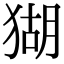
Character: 猢